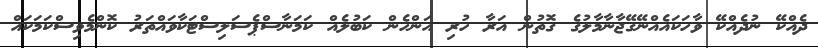
ދެއްކޭ ނުދެއްކޭ ވާހަކައެއްނޭގޭޖާނާމާލުގެ ގޮތުން އަރާ ހުރި އަންހެން ކަބުލެއް ކަމަނާސްޕެސަލިސްޓަކާވައްތަރު ކޮންމެވިސްކަމަކައް